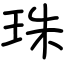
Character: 珠